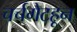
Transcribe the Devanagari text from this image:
चर्चगेटहून